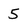
Character: 5